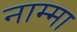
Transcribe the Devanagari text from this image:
नाम्मा